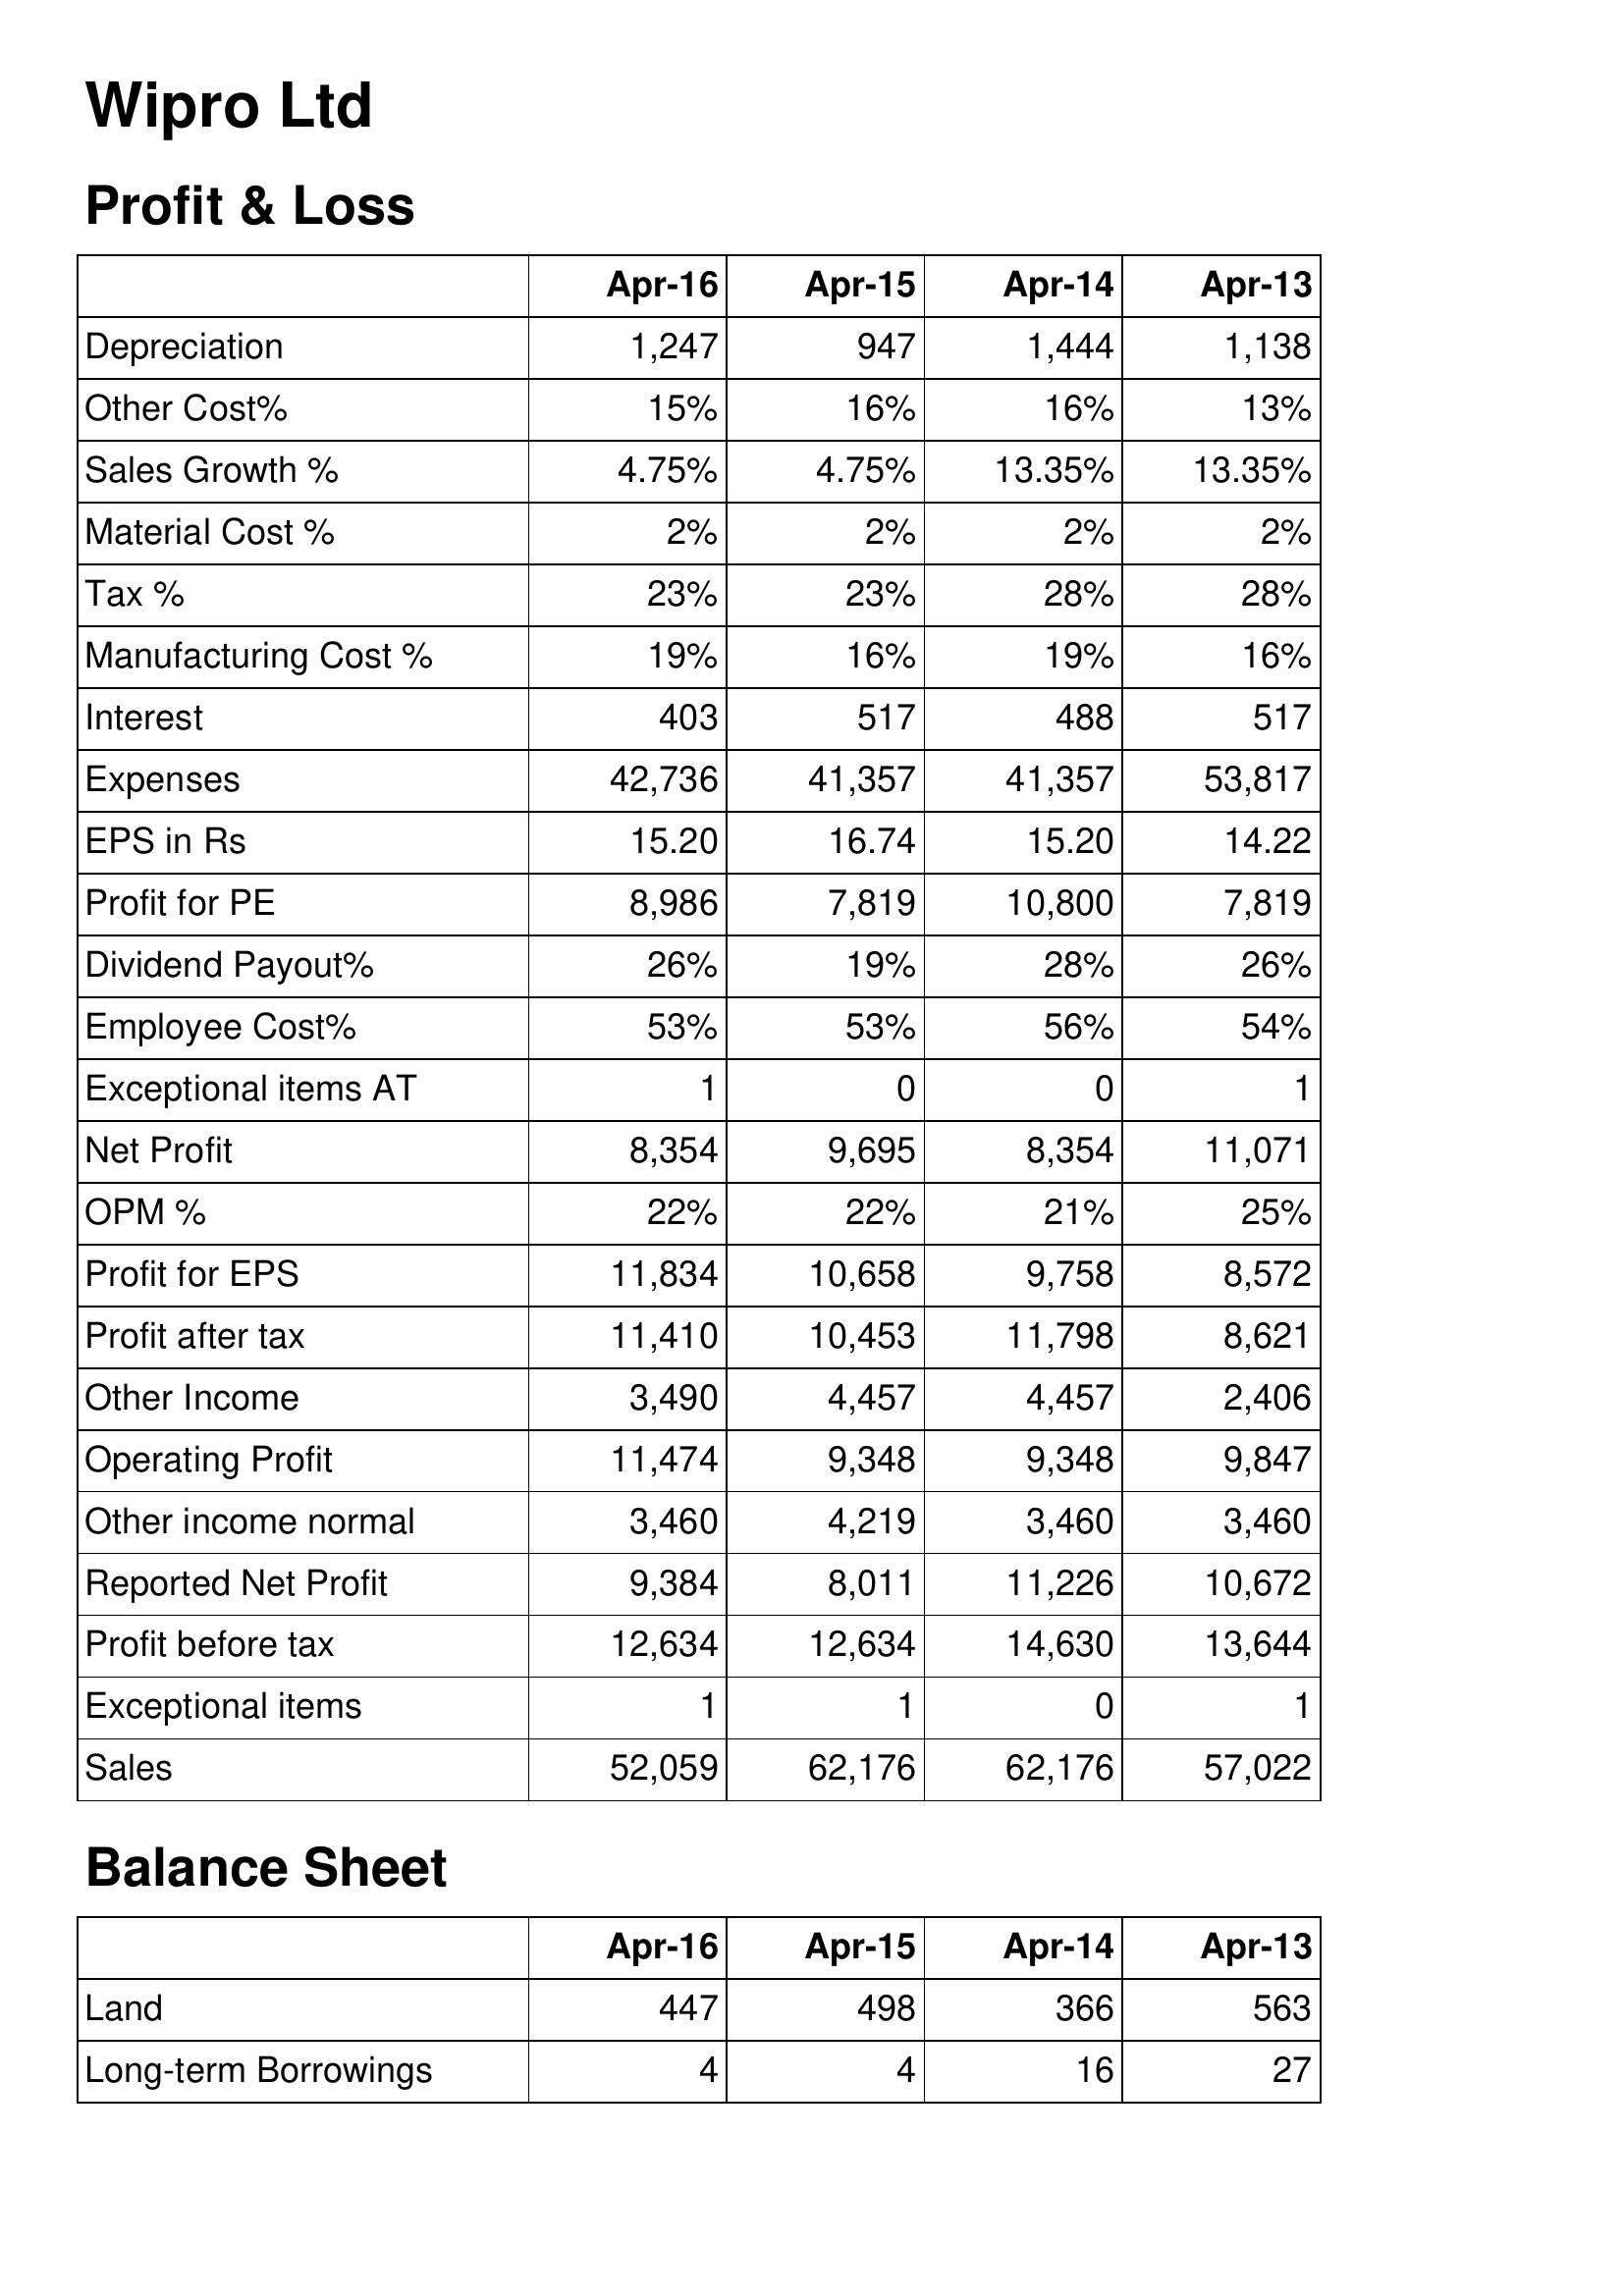
Apr-16: Profit & Loss: Depreciation: 1,247
Other Cost%: 15%
Sales Growth %: 4.75%
Material Cost %: 2%
Tax %: 23%
Manufacturing Cost %: 19%
Interest: 403
Expenses: 42,736
EPS in Rs: 15.20
Profit for PE: 8,986
Dividend Payout%: 26%
Employee Cost%: 53%
Exceptional items AT: 1
Net Profit: 8,354
OPM %: 22%
Profit for EPS: 11,834
Profit after tax: 11,410
Other Income: 3,490
Operating Profit: 11,474
Other income normal: 3,460
Reported Net Profit: 9,384
Profit before tax: 12,634
Exceptional items: 1
Sales: 52,059
Balance Sheet: Land: 447
Long-term Borrowings: 4
Apr-15: Profit & Loss: Depreciation: 947
Other Cost%: 16%
Sales Growth %: 4.75%
Material Cost %: 2%
Tax %: 23%
Manufacturing Cost %: 16%
Interest: 517
Expenses: 41,357
EPS in Rs: 16.74
Profit for PE: 7,819
Dividend Payout%: 19%
Employee Cost%: 53%
Exceptional items AT: 0
Net Profit: 9,695
OPM %: 22%
Profit for EPS: 10,658
Profit after tax: 10,453
Other Income: 4,457
Operating Profit: 9,348
Other income normal: 4,219
Reported Net Profit: 8,011
Profit before tax: 12,634
Exceptional items: 1
Sales: 62,176
Balance Sheet: Land: 498
Long-term Borrowings: 4
Apr-14: Profit & Loss: Depreciation: 1,444
Other Cost%: 16%
Sales Growth %: 13.35%
Material Cost %: 2%
Tax %: 28%
Manufacturing Cost %: 19%
Interest: 488
Expenses: 41,357
EPS in Rs: 15.20
Profit for PE: 10,800
Dividend Payout%: 28%
Employee Cost%: 56%
Exceptional items AT: 0
Net Profit: 8,354
OPM %: 21%
Profit for EPS: 9,758
Profit after tax: 11,798
Other Income: 4,457
Operating Profit: 9,348
Other income normal: 3,460
Reported Net Profit: 11,226
Profit before tax: 14,630
Exceptional items: 0
Sales: 62,176
Balance Sheet: Land: 366
Long-term Borrowings: 16
Apr-13: Profit & Loss: Depreciation: 1,138
Other Cost%: 13%
Sales Growth %: 13.35%
Material Cost %: 2%
Tax %: 28%
Manufacturing Cost %: 16%
Interest: 517
Expenses: 53,817
EPS in Rs: 14.22
Profit for PE: 7,819
Dividend Payout%: 26%
Employee Cost%: 54%
Exceptional items AT: 1
Net Profit: 11,071
OPM %: 25%
Profit for EPS: 8,572
Profit after tax: 8,621
Other Income: 2,406
Operating Profit: 9,847
Other income normal: 3,460
Reported Net Profit: 10,672
Profit before tax: 13,644
Exceptional items: 1
Sales: 57,022
Balance Sheet: Land: 563
Long-term Borrowings: 27